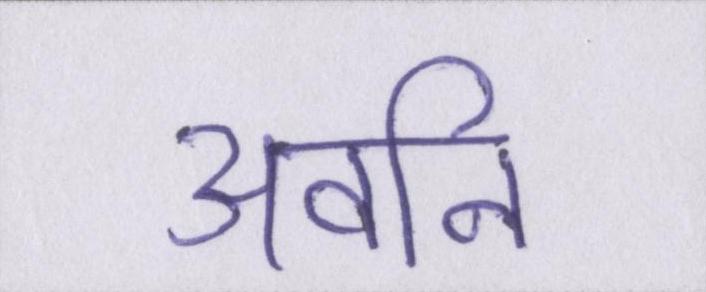
अवनि